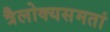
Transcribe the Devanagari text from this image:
त्रैलोक्यसमतां